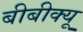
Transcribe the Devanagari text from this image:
बीबीक्यू